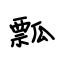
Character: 瓢